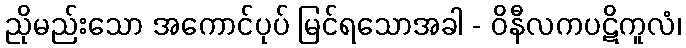
ညိုမည်းသော အကောင်ပုပ် မြင်ရသောအခါ - ဝိနီလကပဋိကူလံ၊